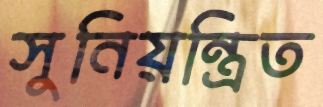
সুনিয়ন্ত্রিত